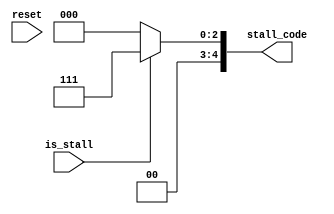
module stall(
    input reset,
    input is_stall,
    output reg [4:0] stall_code
    );

    always @(*) begin
        if(reset == 1) begin
            stall_code = 5'b00000;
        end
        if(is_stall == 1) begin
            stall_code = 5'b00111;
        end
        else 
            stall_code = 5'b00000;
        
    end

endmodule